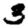
Digit: 3